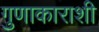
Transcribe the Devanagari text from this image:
गुणाकाराशी